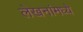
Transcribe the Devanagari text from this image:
लेखनांमध्ये